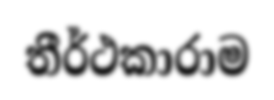
තීර්ථකාරාම